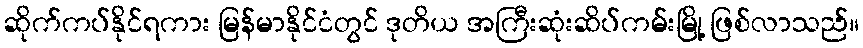
ဆိုက်ကပ်နိုင်ရကား မြန်မာနိုင်ငံတွင် ဒုတိယ အကြီးဆုံးဆိပ်ကမ်းမြို့ ဖြစ်လာသည်။